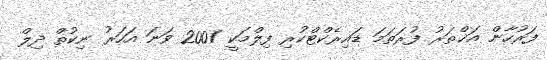
ފަރުހާން އަޚްތަރު ފުރަތަމަ ޑައިރެކްޓްކުރި ފިލްމަކީ 2001 ވަނަ އަހަރު ނިކުތް ދިލް